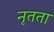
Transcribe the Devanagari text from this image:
नृतता